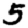
Digit: 5